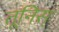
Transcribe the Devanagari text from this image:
तूनिस्